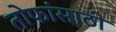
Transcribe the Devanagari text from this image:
तोफांसाठी